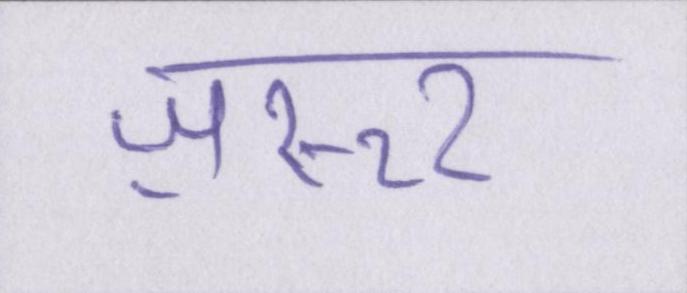
ज़रूर